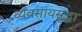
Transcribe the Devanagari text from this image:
व्यवसायसुद्धा